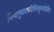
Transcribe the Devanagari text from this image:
नित्यानुवादमविधिमाहुर्न्यायविदः